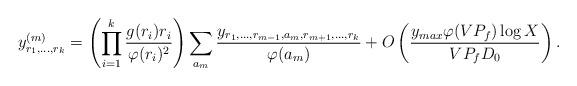
LaTeX: \begin{align*}y^{(m)}_{r_1,\ldots,r_k}=\left(\prod_{i=1}^k\frac{g(r_i)r_i}{\varphi(r_i)^2}\right)\sum_{a_m}\frac{y_{r_1,\ldots,r_{m-1},a_m,r_{m+1},\ldots,r_k}}{\varphi(a_m)}+O\left(\frac{y_{max}\varphi(VP_f)\log X}{VP_fD_0}\right).\end{align*}